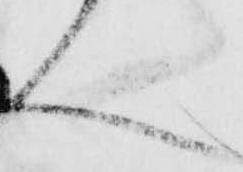
く